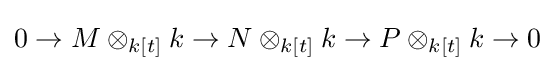
0\to M\otimes _{k[t]}k\to N\otimes _{k[t]}k\to P\otimes _{k[t]}k\to 0